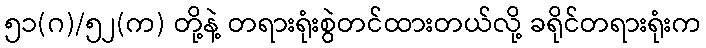
၅၁(ဂ)/၅၂(က) တို့နဲ့ တရားရုံးစွဲတင်ထားတယ်လို့ ခရိုင်တရားရုံးက